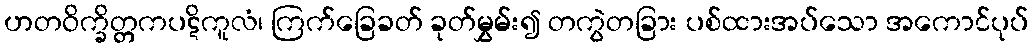
ဟတဝိက္ခိတ္တကပဋိကူလံ၊ ကြက်ခြေခတ် ခုတ်မွှမ်း၍ တကွဲတခြား ပစ်ထားအပ်သော အကောင်ပုပ်